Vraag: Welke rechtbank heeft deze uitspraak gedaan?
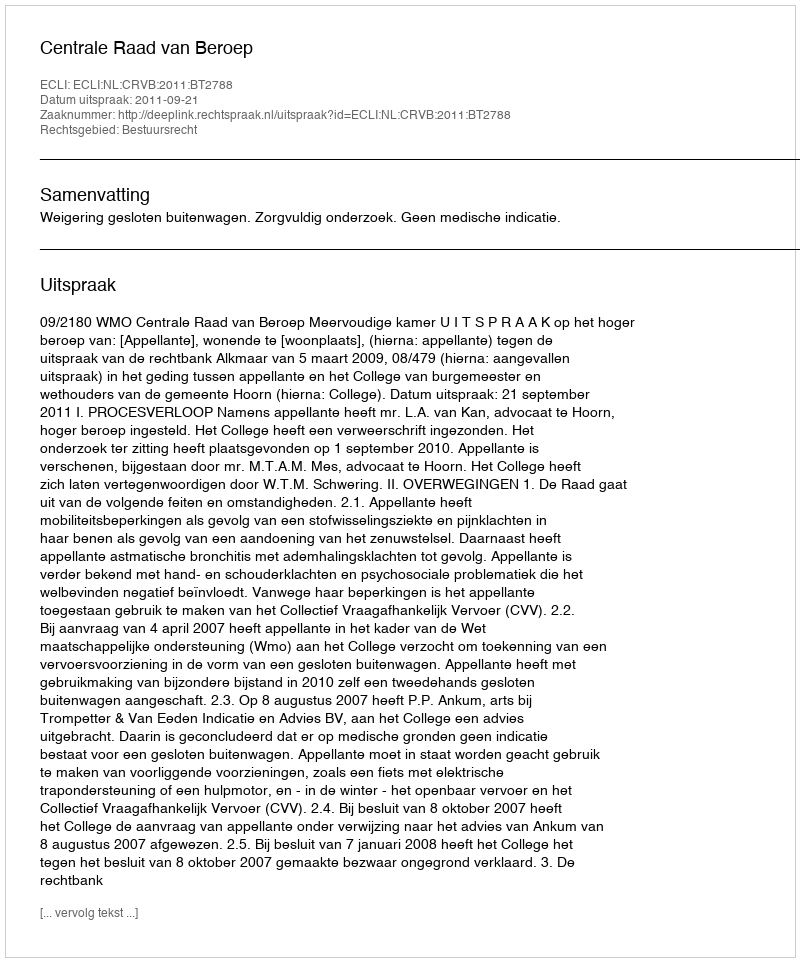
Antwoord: Centrale Raad van Beroep